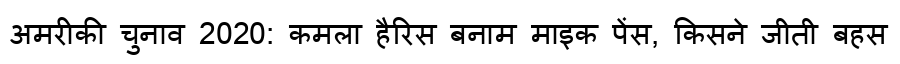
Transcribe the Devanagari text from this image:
अमरीकी चुनाव 2020: कमला हैरिस बनाम माइक पेंस, किसने जीती बहस